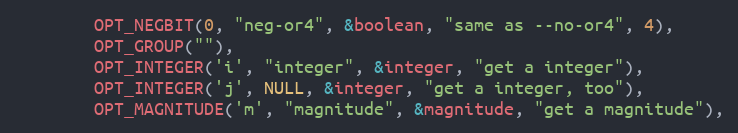
Language: C
		OPT_NEGBIT(0, "neg-or4", &boolean, "same as --no-or4", 4),
		OPT_GROUP(""),
		OPT_INTEGER('i', "integer", &integer, "get a integer"),
		OPT_INTEGER('j', NULL, &integer, "get a integer, too"),
		OPT_MAGNITUDE('m', "magnitude", &magnitude, "get a magnitude"),